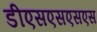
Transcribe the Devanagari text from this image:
डीएसएसएसएस